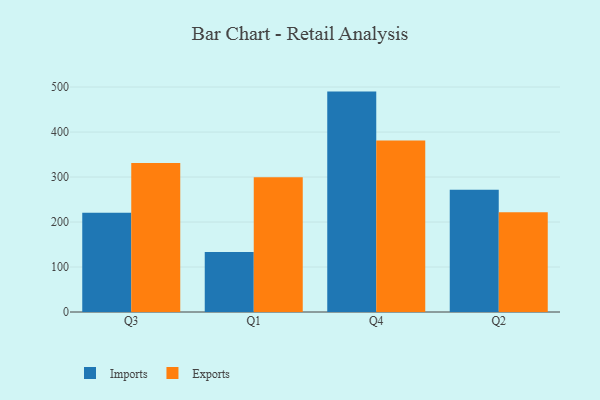
{"axis": {"x": "Quarter", "y": "Tickets Resolved"}, "legend": ["Exports", "Imports"], "data": [{"x": "Q3", "y": 220.4, "type": "Imports"}, {"x": "Q3", "y": 331.0, "type": "Exports"}, {"x": "Q1", "y": 133.1, "type": "Imports"}, {"x": "Q1", "y": 299.5, "type": "Exports"}, {"x": "Q4", "y": 489.9, "type": "Imports"}, {"x": "Q4", "y": 381.1, "type": "Exports"}, {"x": "Q2", "y": 271.6, "type": "Imports"}, {"x": "Q2", "y": 221.9, "type": "Exports"}]}